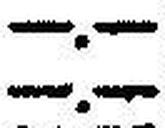
—.—